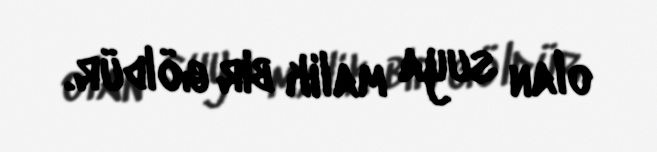
olan suya malik bir göldür.